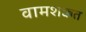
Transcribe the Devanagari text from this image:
वामशक्कत